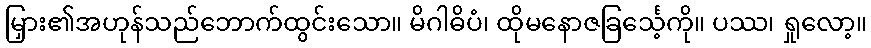
မြှား၏အဟုန်သည်ဘောက်ထွင်းသော။ မိဂါဓိပံ၊ ထိုမနောဇခြင်္သေ့ကို။ ပဿ၊ ရှုလော့။